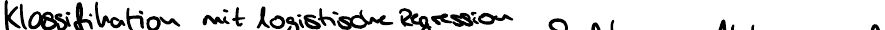
Klassifikation mit logistischer Regression